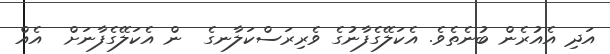
އަދި އެއުރެން ބުނެތެވެ. އެކަލޭގެފާނުގެ ވެރިރަސްކަލާނގެ  ން އެކަލޭގެފާނަށް  އެއް